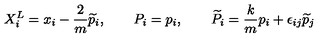
X _ { i } ^ { L } = x _ { i } - \frac { 2 } { m } \widetilde { p } _ { i } , \qquad P _ { i } = p _ { i } , \qquad \widetilde { P } _ { i } = \frac { k } { m } p _ { i } + \epsilon _ { i j } \widetilde { p } _ { j } \,